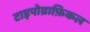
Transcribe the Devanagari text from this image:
टाइपोग्राफ़िकल